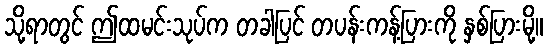
သို့ရာတွင် ဤထမင်းသုပ်က တခါပြင် တပန်းကန့်ပြားကို နှစ်ပြားမို့။